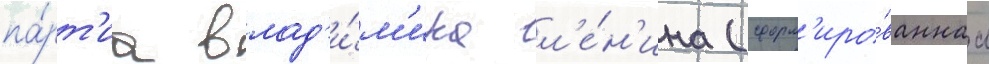
па́рт'иа влад'и́м'ира л'е́н'ина (сформ'иро́ваннаа